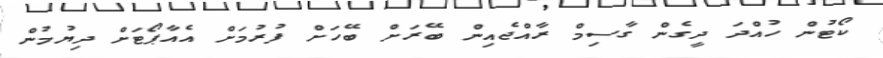
ކޯޓުން ހުއްދަ ދީގެން ގާސިމް ރާއްޖެއިން ބޭރަށް ބޭހަށް ފުރުމަށް އެއާޕޯޓަށް ދިޔުމުން